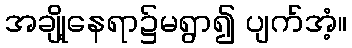
အချို့နေရာ၌မရွာ၍ ပျက်အံ့။